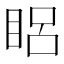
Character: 𥆻